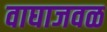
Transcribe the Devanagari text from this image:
वाघाजवळ